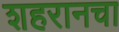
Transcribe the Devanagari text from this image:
शहरानचा